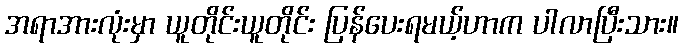
အရာအားလုံးမှာ ယူတိုင်းယူတိုင်း ပြန်ပေးရမယ့်ဟာက ပါလာပြီးသား။